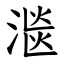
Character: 㴴